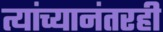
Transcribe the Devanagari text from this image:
त्यांच्यानंतरही